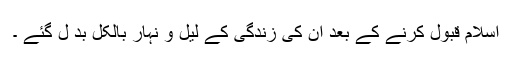
اسلام قبول کرنے کے بعد ان کی زندگی کے لیل و نہار بالکل بد ل گئے ۔